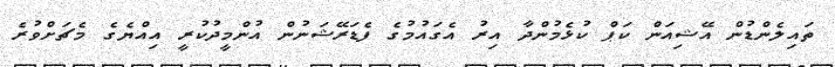
ތައިލެންޑުން އޭޝިއަން ކަޕް ކުޅެމުންދާ އިރު އެގައުމުގެ ފެޑަރޭޝަނުން އުންމީދުކުރީ އިއްޔެގެ މެޗަށްވުރެ